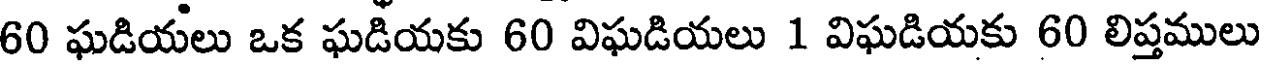
60 ఘడియలు ఒక ఘడియకు 60 విఘడియలు 1 విఘడియకు 60 లిప్తములు